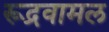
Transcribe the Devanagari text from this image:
रूद्रवामल